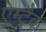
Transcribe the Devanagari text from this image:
ऐम्ट्रैक